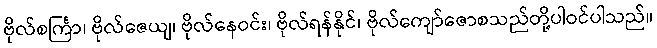
ဗိုလ်စင်္ကြာ၊ ဗိုလ်ဇေယျ၊ ဗိုလ်နေဝင်း၊ ဗိုလ်ရန်နိုင်၊ ဗိုလ်ကျော်ဇောစသည်တို့ပါဝင်ပါသည်။